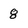
Character: 8